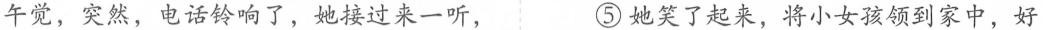
午觉，突然，电话铃响了，她接过来一听， ⑤她笑了起来，将小女孩领到家中，好